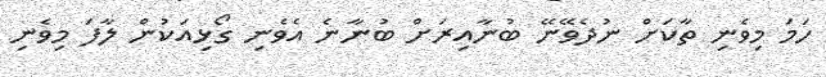
ހަމަ މިވެނި ތާކަށް ނުދެވޭނޭ ބުނާއިރަށް ބުނާނެ އެވެނި ގޯޅިއަކުން ލާފަ މިވެނި